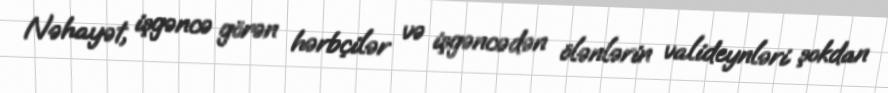
Nəhayət, işgəncə görən hərbçilər və işgəncədən ölənlərin valideynləri şokdan